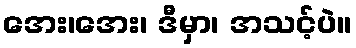
အေး၊အေး၊ ဒီမှာ၊ အသင့်ပဲ။